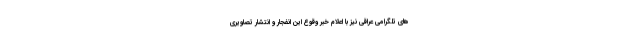
های تلگرامی عراقی نیز با اعلام خبر وقوع این انفجار و انتشار تصاویری